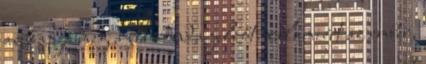
az kapja meg a bűnronda jelzőt. valamiért az ember,